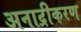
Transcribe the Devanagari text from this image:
अनाद्रीकरण